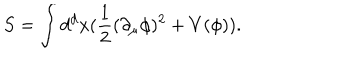
LaTeX: S = \int d ^ { d } x ( \frac { 1 } { 2 } ( \partial _ { \mu } \phi ) ^ { 2 } + V ( \phi ) ) .